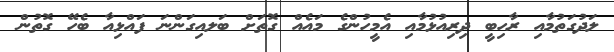
ލަދުގަތުމާއި ރާހިބީ ދިރިއުޅުމާއި އެމީހުންގެ މައެއް ގޮތަށް ބަލއިގަންނަ ފައްޅިއާ ބެހޭ ގޮތުން